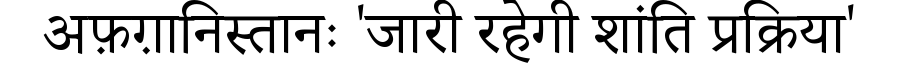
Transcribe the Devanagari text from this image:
अफ़ग़ानिस्तानः 'जारी रहेगी शांति प्रक्रिया'